Account of plague administration in the Bombay Presidency from September 1896 till May 1897
Year: 1896
Disease focus: Plague
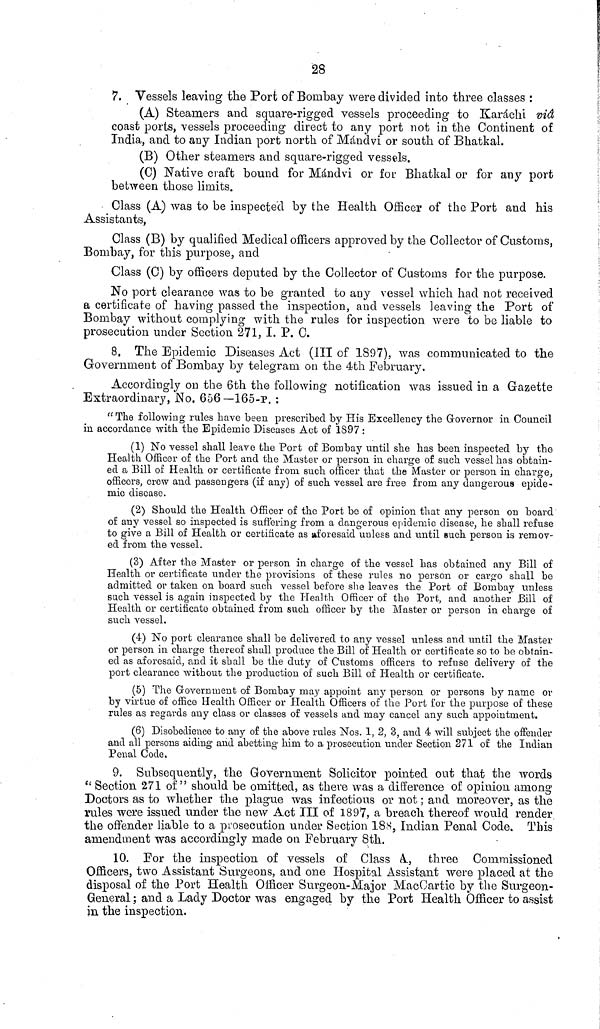
28
7. Vessels leaving the Port of Bombay were divided into three classes :
(A) Steamers and square-rigged vessels proceeding to Karachi via
coast ports, vessels proceeding direct to any port not in the Continent of
India, and to any Indian port north of Mànclvi or south of Bhatkal.
(B) Other steamers and square-rigged vessels.
(C) Native craft bound for Màndvi or for Bhatkal or for any port
between those limits.
Class (A) was to be inspected by the Health Officer of the Port and his
Assistants,
Class (B) by qualified Medical officers approved by the Collector of Customs,
Bombay, for this purpose, and
Class (0) by officers deputed by the Collector of Customs for the purpose.
No port clearance was to be granted to any vessel which had not received
a certificate of having passed the inspection, and vessels leaving the Port of
Bombay without complying with the rules for inspection were to be liable to
prosecution under Section 271, I. P. C.
8. The Epidemic Diseases Act (ill of 1897), was communicated to the
Government of Bombay by telegram on the 4th February.
Accordingly on the 6th the following notification was issued in a Gazette
Extraordinary, No, 656—165-P. :
"The following rules have been prescribed by His Excellency the Governor in Council
in accordance with the Epidemic Diseases Act of 1897 :
(1) No vessel shall leave the Port of Bombay until she has been inspected by the
Health Officer of the Port and the Master or person in charge of such vessel has obtain-
ed a Bill of Health or certificate from such officer that the Master or person in charge,
officers, crew and passengers (if any) of such vessel are free from any dangerous epide-
mic disease.
(2) Should the Health Officer of the Port be of opinion that any person on board
of any vessel so inspected is suffering from a dangerous epidemic disease, he shall refuse
to give a Bill of Health or certificate as aforesaid unless and until such person is remov-
ed from the vessel.
(3) After the Master or person in charge of the vessel has obtained any Bill of
Health or certificate under the provisions of these rules no person or cargo shall be
admitted or taken on board such vessel before she leaves the Port of Bombay unless
such vessel is again inspected by the Health Officer of the Port, and another Bill of
Health or certificate obtained from such officer by the Master or person in charge of
such vessel.
(4) No port clearance shall be delivered to any vessel unless and until the Master
or person in charge thereof shall produce the Bill of Health or certificate so to be obtain-
ed as aforesaid, and it shall be the duty of Citstoms officers to refuse delivery of the
port clearance without the production of such Bill of Health or certificate.
(5) The Government of Bombay may appoint any person or persons by name or
by virtue of office Health Officer or Health Officers of the Port for the purpose of these
rules as regards any class or classes of vessels and may cancel any such appointment.
(6) Disobedience to any of the above rules Nos. 1, 2, 3, and 4 will subject the offender
and all persons aiding and abetting him to a prosecution under Section 271 of the Indian
Penal Code.
9. Subsequently, the Government Solicitor pointed out that the words
" Section 271 of" should be omitted, as there was a difference of opinion among
Doctors as to whether the plague was infectious or not ; and moreover, as the
rules were issued under the new Act III of 1897, a breach thereof would render
the offender liable to a prosecution under Section 1SS, Indian Penal Code. This
amendment was accordingly made on February 8th.
10. E or the inspection, of vessels of Class A., three Commissioned
Officers, two Assistant Surgeons, and one Hospital Assistant were placed at the
disposal of the Port Health Officer Surgeon-Major MacCartie by the Surgeon-
General ; and a Lady Doctor was engaged by the Port Health Officer to assist
in the inspection.